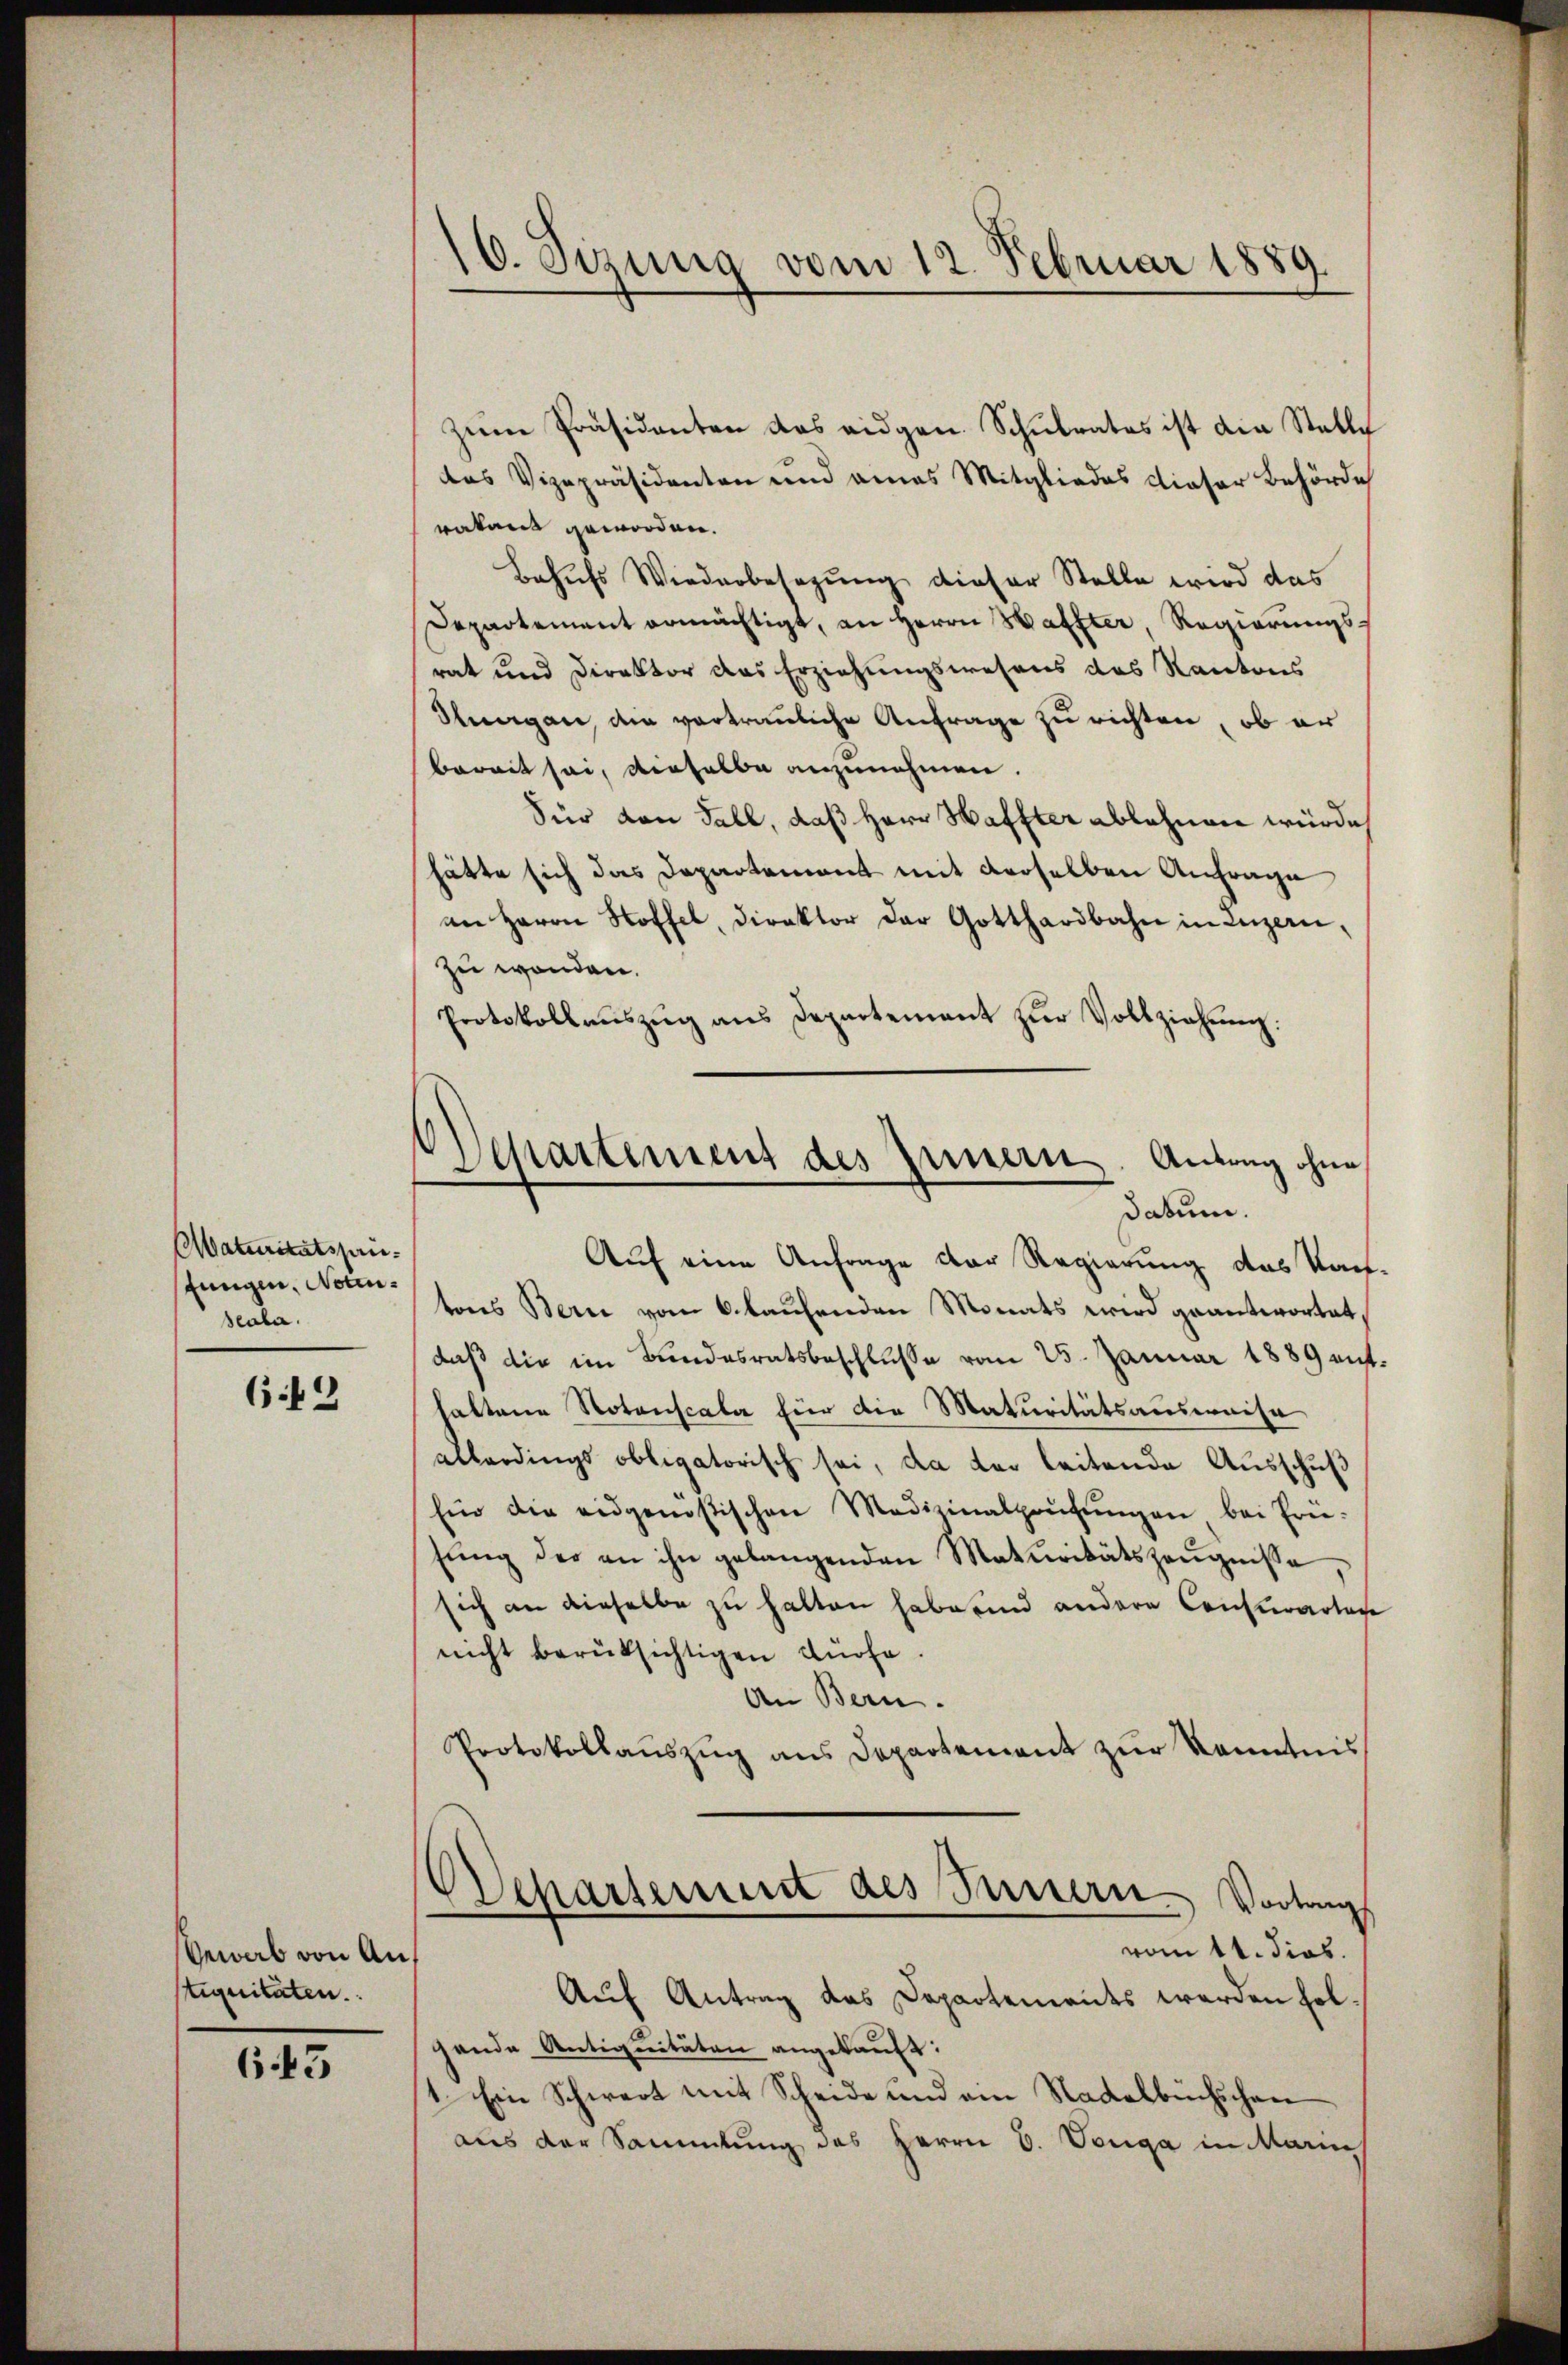
Maturitätsprie-
fungen, Notin¬
Scala.

6:2

Gewab von Anstiquitäten.

643

16. Sizung vom 12. Februar 1889.

zŭm Präsidenten das eidgen. Schulrates ist die Stelle
das Vizepräsidenten und eines Mitgliedes dieser Behörde
rakant geworden.
Behufs Wiederbesagung dieser Stelle wird das
Departement ermächtigt, an Herrn Haffter, Regierungs
rat und Direktor das Erziehungswesens des Kantons
Stuergan, die vertrauliche Anfrage zu richten, ob er
bereit sei, derselbe anzunehmen.
Für von Fall, daß Herr Haffter ablehnen würde
hätte sich das Departement mit derselben Anfrage
an Herrn Stoffel, Direktor der Gotthardbahn in Luzern,
zu wenden.
Protokollauszug aus Departement zur Vollziehung:

Departement des Innern. Antrag ohne
datum.

Auf eine Anfrage der Regierung das Kan-
tons Bern vom 6. laufenden Monats wird geantwortet,
daß die im Bundesratsbeschlusse vom 25. Januar 1889 enthaltene Notonscala für die Maturitätsausweise
allerdings obligatorisch sei, da der leitende Ausschuß
Ein die eidgenößischen Medizinalpaŭfŭngen bei Frie-
sŭng der an ihn gelangenden Maturitätszeŭgnisse
sich an dieselbe zu halten habe sind andere Consurartage
nicht berüksichtigen dürfe.
An Bern.
Protokollauszug aus Departement zur Kenntnis
Ochartement des Innern. Vorlang
vom 11. dies
Auf Antrag das Departements werden helgende Antiquitäten angekauft:
1. Ein Schwart mit Scheide und ein Nadelbüchschan
aus der Sammlung des Herrn C. Veuga in Marie